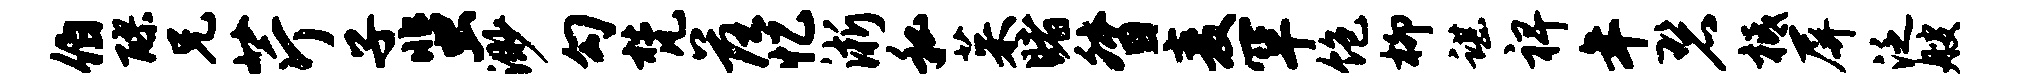
伯醪兄芹子蜚渺勾梵落忆淅私茱睹督麦罕饱柳谌裨年碧柢屏泛艘